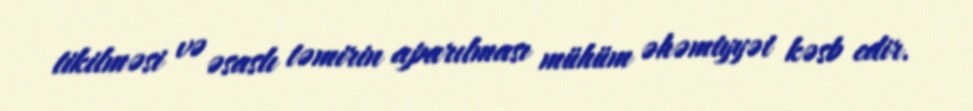
tikilməsi və əsaslı təmirin aparılması mühüm əhəmiyyət kəsb edir.